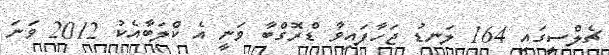
ޗެލްސީގައި 164 ލަނޑު ޖަހާފައިވާ ޑްރޮގްބާ ވަނީ އެ ކްލަބާއެކު 2012 ވަނަ